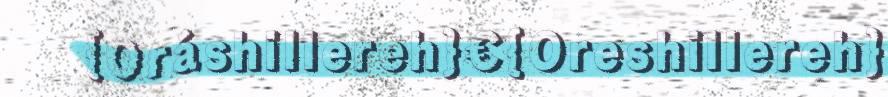
{Oráshillereh}€{Oreshillereh}